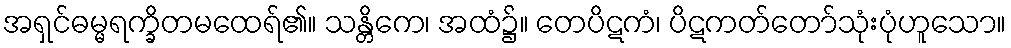
အရှင်ဓမ္မရက္ခိတမထေရ်၏။ သန္တိကေ၊ အထံ၌။ တေပိဋကံ၊ ပိဋကတ်တော်သုံးပုံဟူသော။